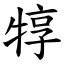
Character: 犉